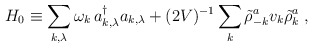
\begin{align*}H_0 \equiv \sum_{k, \lambda} \omega_k \, a_{k, \lambda}^{\dag} a_{k, \lambda} +(2V)^{-1} \sum_k \tilde{\rho}_{-k}^a v_k \tilde{\rho}_{k}^a\;\mbox{,}\end{align*}